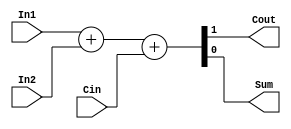
module add1 (Cout, Sum,In1,In2,Cin);
 input In1,In2;
 input Cin;
 output Cout;
 output Sum;
 assign {Cout,Sum}=In1+In2+Cin;
endmodule